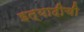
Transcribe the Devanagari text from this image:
इत्यादीची